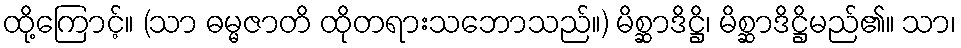
ထို့ကြောင့်။ (သာ ဓမ္မဇာတိ ထိုတရားသဘောသည်။) မိစ္ဆာဒိဋ္ဌိ၊ မိစ္ဆာဒိဋ္ဌိမည်၏။ သာ၊